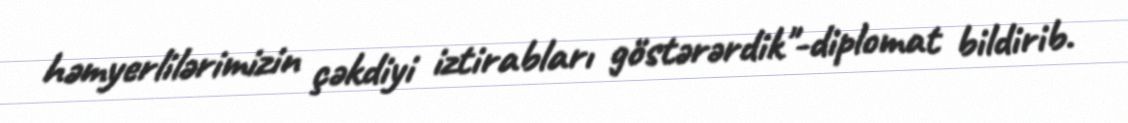
həmyerlilərimizin çəkdiyi iztirabları göstərərdik"-diplomat bildirib.